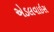
એડલવાઇસ